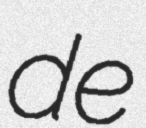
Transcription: de